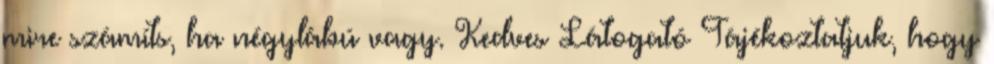
mire számíts, ha négylábú vagy. Kedves Látogató Tájékoztatjuk, hogy